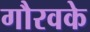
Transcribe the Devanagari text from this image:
गौरवके